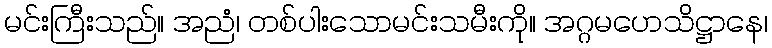
မင်းကြီးသည်။ အညံ၊ တစ်ပါးသောမင်းသမီးကို။ အဂ္ဂမဟေသိဋ္ဌာနေ၊